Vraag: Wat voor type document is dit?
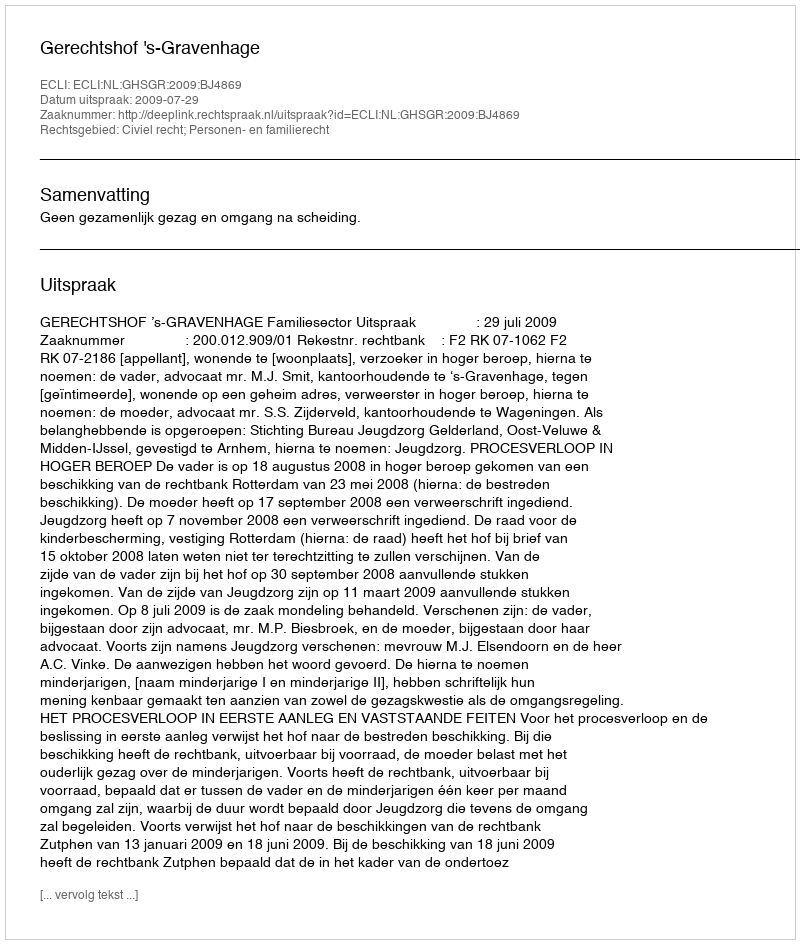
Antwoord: Uitspraak